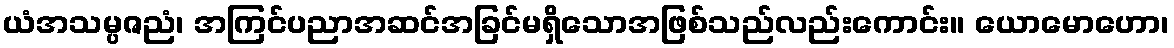
ယံအသမ္ပဇညံ၊ အကြင်ပညာအဆင်အခြင်မရှိသောအဖြစ်သည်လည်းကောင်း။ ယောမောဟော၊